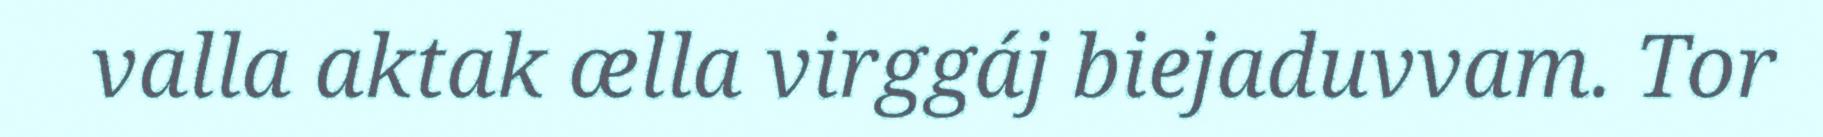
valla aktak ælla virggáj biejaduvvam. Tor